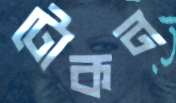
টোকন